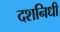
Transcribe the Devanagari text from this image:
दशनिधी